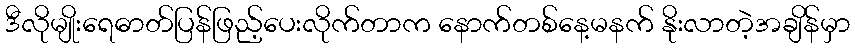
ဒီလိုမျိုးရေဓာတ်ပြန်ဖြည့်ပေးလိုက်တာက နောက်တစ်နေ့မနက် နိုးလာတဲ့အချိန်မှာ